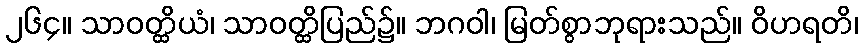
၂၆၄။ သာဝတ္ထိယံ၊ သာဝတ္ထိပြည်၌။ ဘဂဝါ၊ မြတ်စွာဘုရားသည်။ ဝိဟရတိ၊